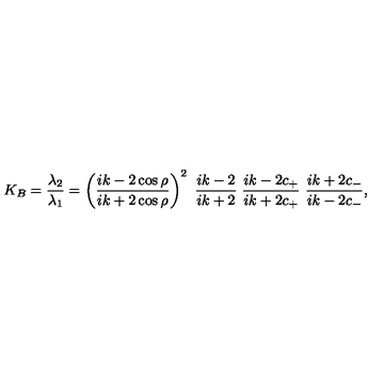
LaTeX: K _ { B } = \frac { \lambda _ { 2 } } { \lambda _ { 1 } } = \left( \frac { i k - 2 \cos \rho } { i k + 2 \cos \rho } \right) ^ { 2 } \ \frac { i k - 2 } { i k + 2 } \ \frac { i k - 2 c _ { + } } { i k + 2 c _ { + } } \ \frac { i k + 2 c _ { - } } { i k - 2 c _ { - } } ,